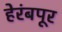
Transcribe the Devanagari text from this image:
हेरंबपूर